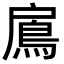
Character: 鳸